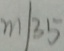
m \vert 3 5